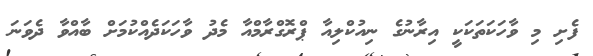
ފެށި މި ވާހަކަތަކަކީ އިރާނުގެ ނިއުކްލިއާ ޕްރޮގްރާމްއާ މެދު ވާހަކަދެއްކުމަށް ބާއްވާ ދެވަނަ